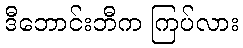
ဒီဘောင်းဘီက ကြပ်လား